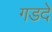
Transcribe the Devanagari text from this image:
गडदे